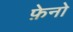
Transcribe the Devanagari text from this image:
फ़ेनो